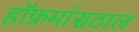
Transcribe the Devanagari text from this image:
हॉफ़मांसठाल